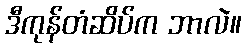
ဒီကုန်တံဆိပ်က ဘာလဲ။